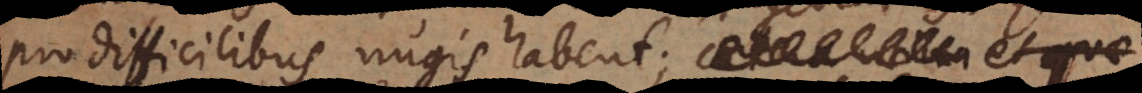
pro difficilibus nugis habent; caetera